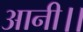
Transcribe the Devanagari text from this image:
आनी।।